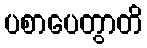
ပစာပေတွာတိ